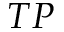
T P